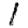
Digit: 1